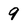
Character: 9